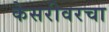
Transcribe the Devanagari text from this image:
केसरीवरचा